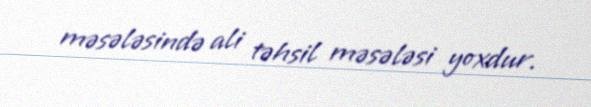
məsələsində ali təhsil məsələsi yoxdur.